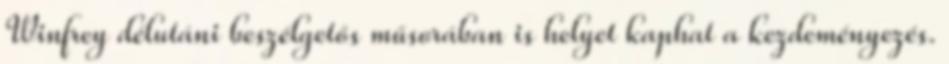
Winfrey délutáni beszélgetős műsorában is helyet kaphat a kezdeményezés.